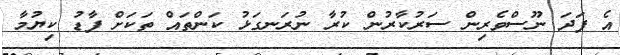
އެ ފަދަ ނޫސްވެރިން ސަރުކާރުން ކުރާ ނުރަނގަޅު ކަންތައް ތަކަށް ފާޑު ކިޔުމާ